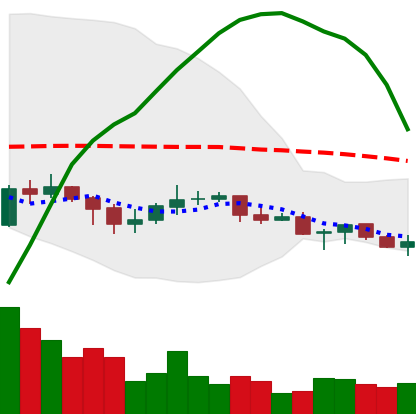
Ticker: XLM-USD
Chart end date: 2021-06-12
Forward return: -3.27%
Label: down_3_5